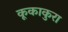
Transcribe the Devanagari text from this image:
कूकाकुरा